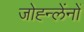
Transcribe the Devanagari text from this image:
जोह्न्लेंनों